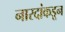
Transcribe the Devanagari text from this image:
नारदांकडून